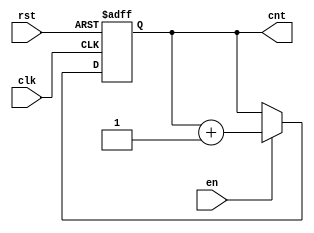
module up_counter (
    input wire clk,      // Clock signal
    input wire en,       // Enable signal
    input wire rst,      // Asynchronous reset signal
    output reg [3:0] cnt // 4-bit counter output
);

    // Asynchronous reset and counting logic
    always @(posedge clk or posedge rst) begin
        if (rst) begin
            cnt <= 4'b0000; // Reset counter to zero
        end else if (en) begin
            cnt <= cnt + 1; // Increment counter
        end
        // If 'en' is low, the counter retains its current value
    end

endmodule